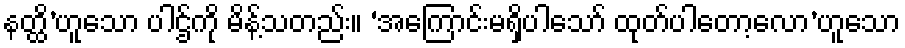
နတ္ထိ’ဟူသော ပါဌ်ကို မိန့်သတည်း။ ‘အကြောင်းမရှိပါသော် ထုတ်ပါတော့လော’ဟူသော